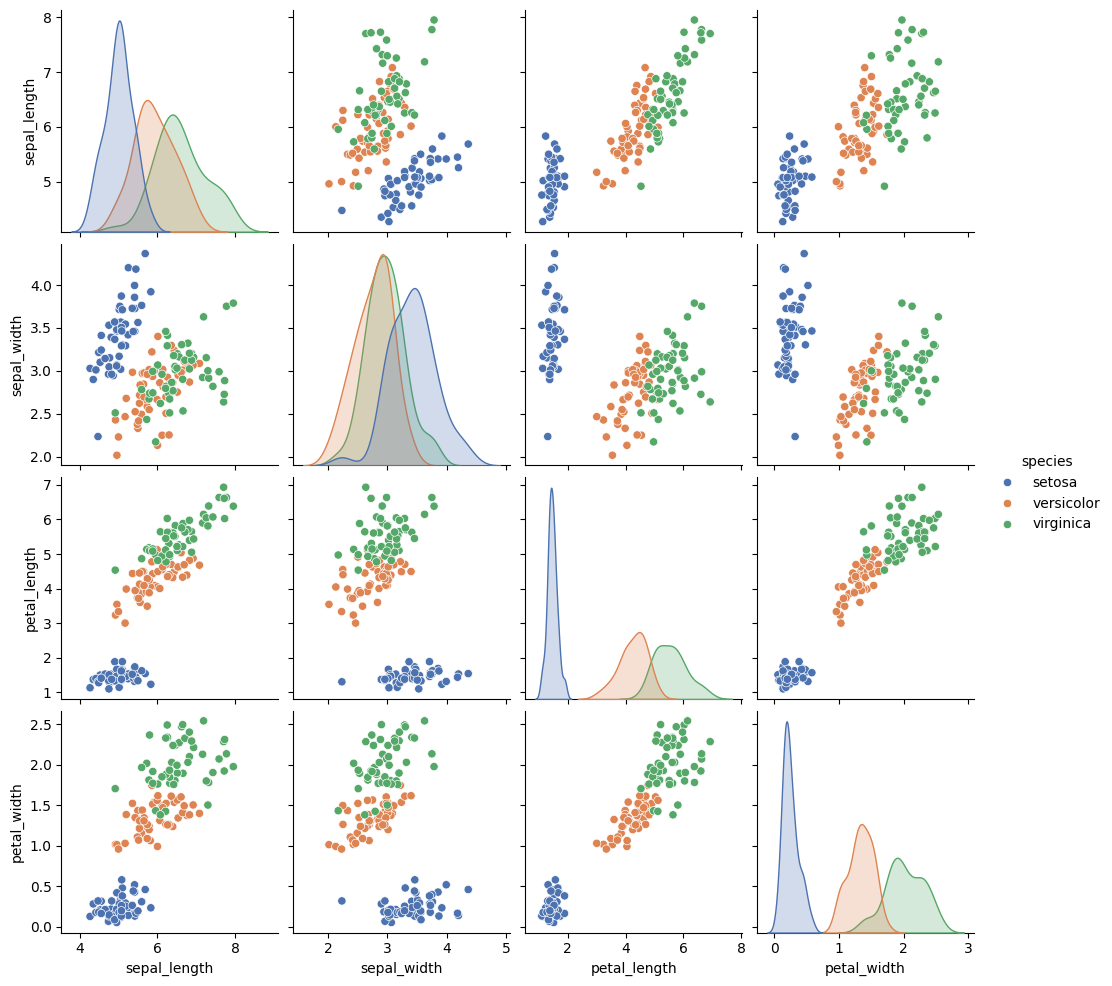
python, seaborn, pairplot, palette='deep', markers=['o'], kind='scatter', diag_kind='auto'